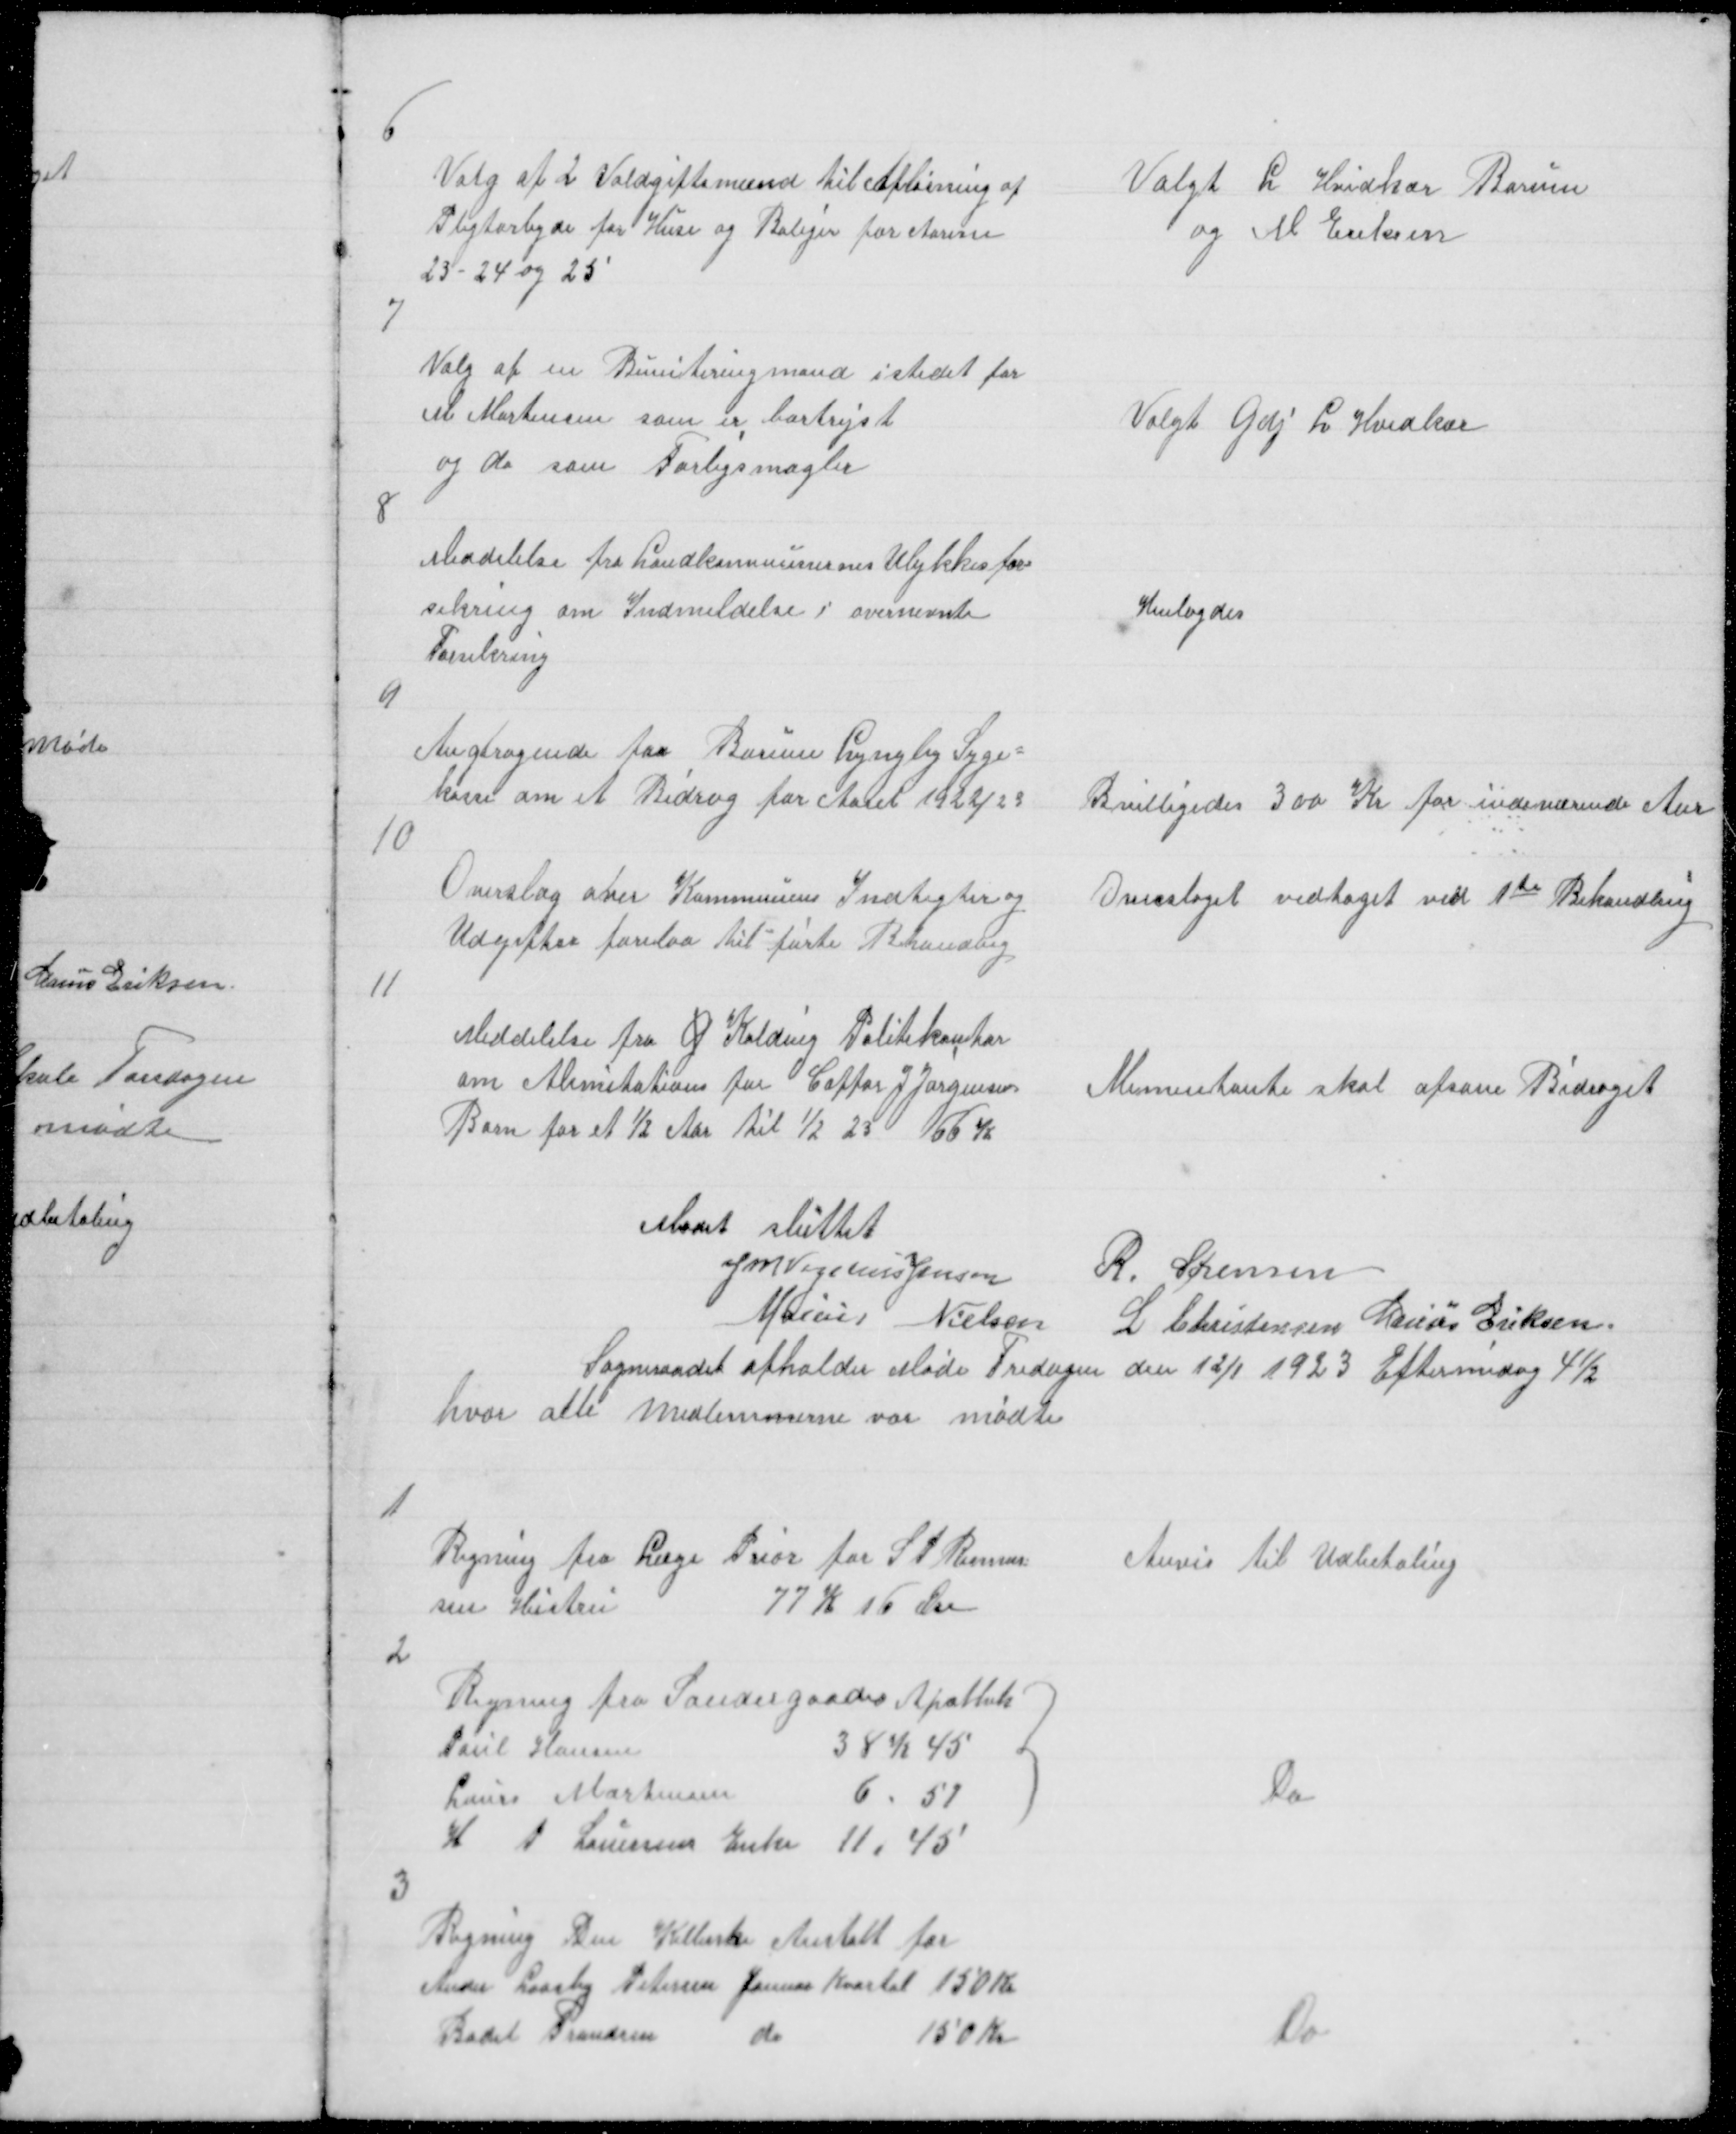
Transskription:
6

Valg af 2 Voldgiftsmænd til Afløsning af
Pligtarbejde for Huse og Boliger for Aarene
23 - 24 og 25

Valgt L Hvidkær Borum
og M Eriksen

7

Valg af en Buniteringmand i stedet for
M Mortensen som er bortrejst
og do som Forligsmægler

Valgt Gdj L Hvidkær

8

Meddelelse fra Landkommunernes Ulykkesfor=
sikring om Indmeldelse i overnevnte
Forsikring

Henlagdes

9

Angtragende faa Borum Lyngby Syge =
kasse om et Bidrag for Aaret 1922/23

Bevilligedes 300 Kr for indeværende Aar

10

Overslag over Kommunens Indtegter og 
Udgifter forelaa til første Behandling

Overslaget vedtaget ved 1te Behandling

11

Meddelelse fra G Kolding Politikontor
om Alimentation for Caffør J Jørgensen
Barn for et ½ Aar til 1/2 23 66 Kr

Alimentante skal afsone Bidraget

Mødet sluttet
J M Vogelius Jensen R. Sørensen
Marius Nielsen L Christensen Marius Eriksen
Sogneraadet afholder Møde Fredagen den 12/1 1923 Eftermiddag 4½
hvor alle Medlemmerne var mødte

1

Regning fra Læge Prior for S P Rasmus
sen Hustru
77 K 06 Øre

Anvis til Udbetaling

2

Regning fra Søndergaades Apothek
Poul Hansen
38 K 45
Laurs Mortensen
6.51
H A Lauersen Enke 11.45

Do

3

Regning Den Kellerske Anstalt for
Ander Laasby Petersen Januar Kvartal 150 Kr
Bodil Frandsen do
150 Kr

Do